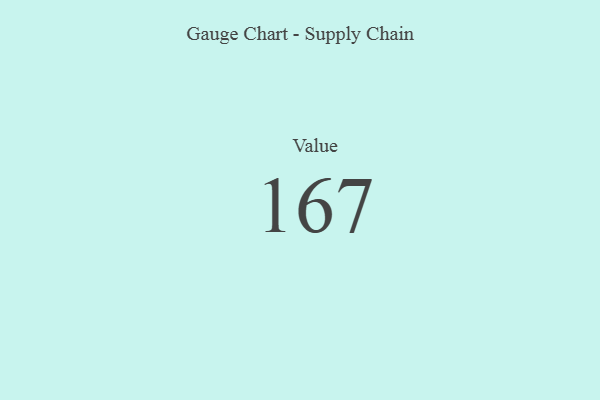
{"axis": {"x": "Metric", "y": "Value"}, "legend": [""], "data": [{"x": "Value", "y": 167, "type": ""}]}